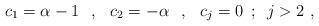
LaTeX: \begin{align*}c_{1}=\alpha -1\hspace{0.3cm},\hspace{0.3cm}c_{2}=-\alpha\hspace{0.3cm},\hspace{0.3cm}c_j=0\,\,\,;\,\,\,j>2\,\,,\end{align*}